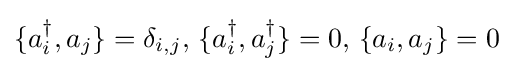
\{a_{i}^{\dagger },a_{j}\}=\delta _{i,j},\,\{a_{i}^{\dagger },a_{j}^{\dagger }\}=0,\,\{a_{i},a_{j}\}=0